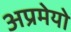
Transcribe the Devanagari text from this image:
अप्रमेयो